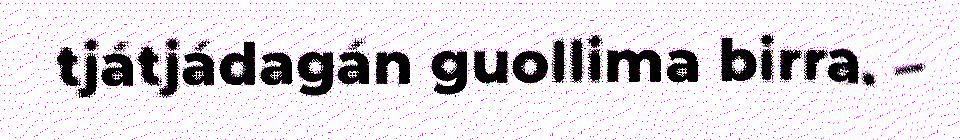
tjátjádagán guollima birra. –